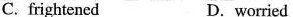
C. frightened D. worried